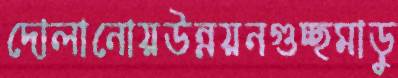
দোলানোয়উন্নয়নগুচ্ছমাড়ু